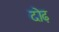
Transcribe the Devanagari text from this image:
दोढ़